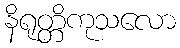
နိရုတ္တိကုသလော